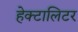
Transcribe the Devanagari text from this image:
हेक्टालिटर